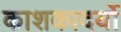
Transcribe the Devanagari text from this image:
काशकादर्यो